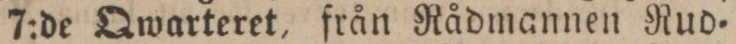
7:de Qwarteret, från Rådmannen Rud=